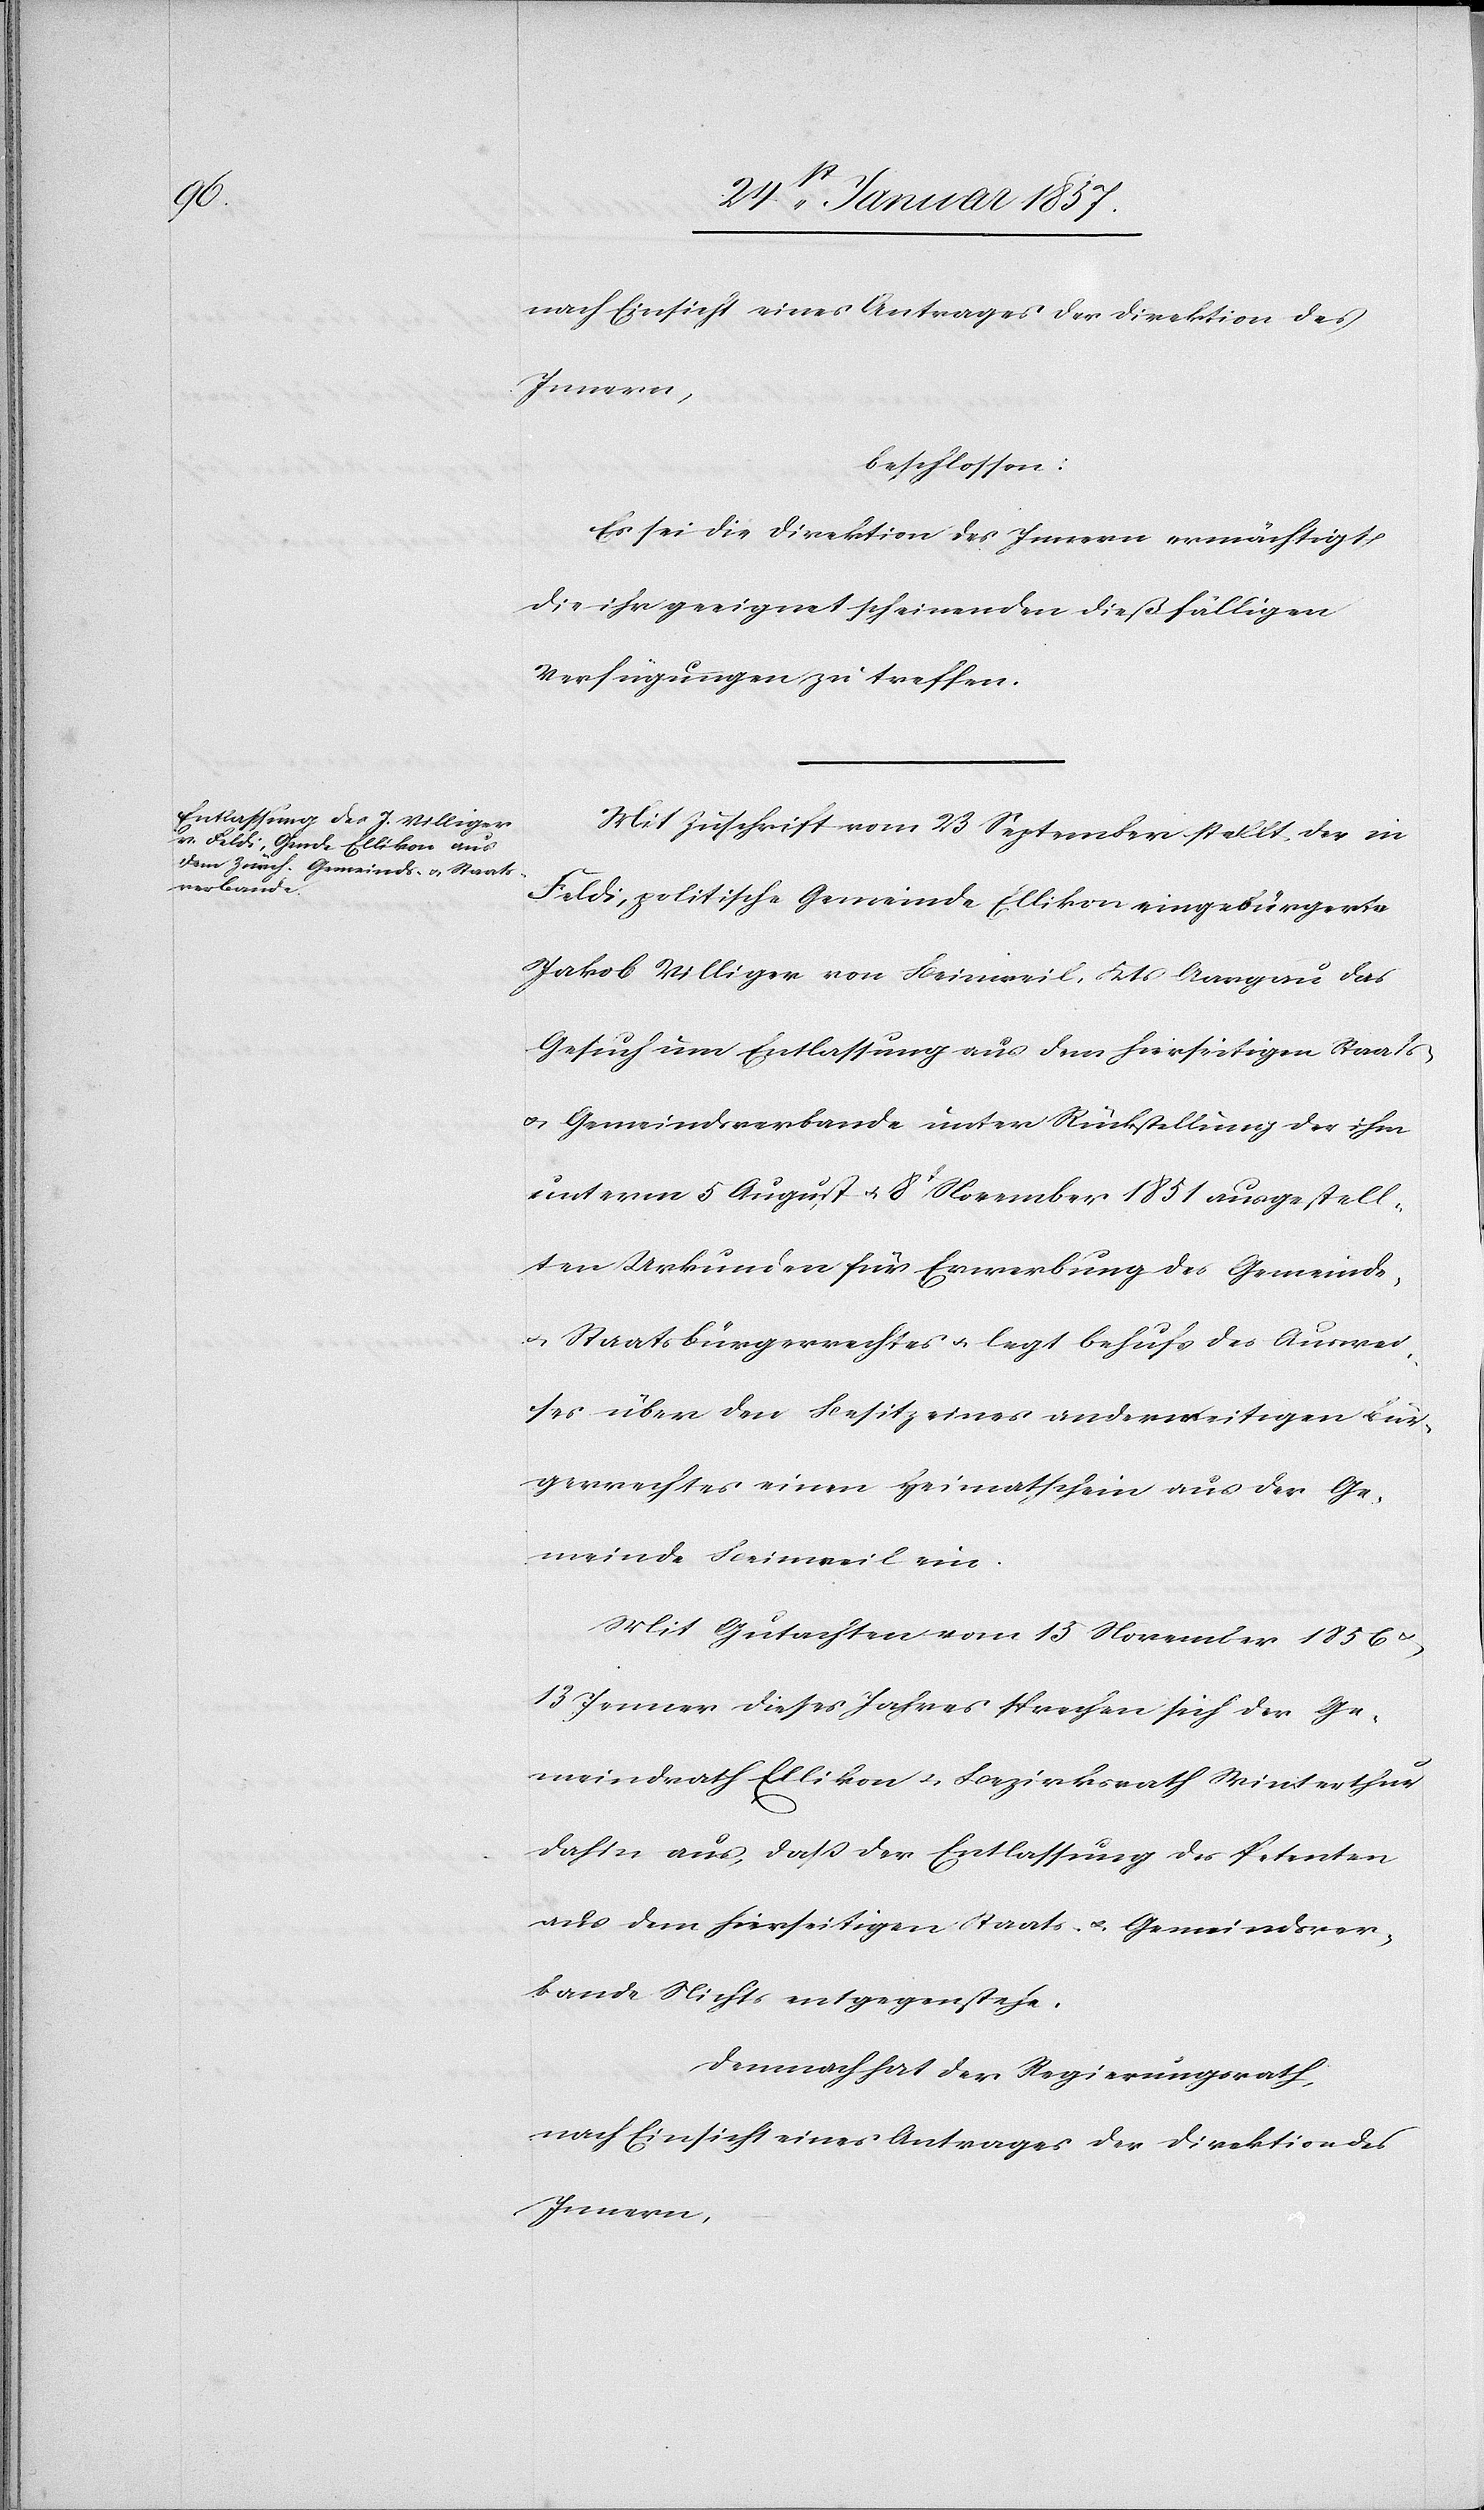
nach Einsicht eines Antrages der Direktion des
Innern,
beschlossen:
Es sei die Direktion des Innern ermächtigt,
die ihr geeignet scheinenden dießfälligen
Verfügungen zu treffen.
Mit Zuschrift vom 23 September stellt, der in
Feldi, politische Gemeinde Ellikon eingebürgerte
Jakob Villiger von Beinweil, Kts. Aargau das
Gesuch um Entlassung aus dem hierseitigen Staats-
u. Gemeindeverbande unter Rückstellung der ihm
unterm 5 August u. 8 November 1851 ausgestell¬
ten Urkunden für Erwerbung des Gemeinds-
u. Staatsbürgerrechtes u. legt behufs des Auswei¬
ses über den Besitz eines anderweitigen Bür¬
gerrechtes einen Heimatschein aus der Ge¬
meinde Beinweil ein.
Mit Gutachten vom 15 November 1856
&13 Jenner dieses Jahres sprechen sich der Ge¬
meindrath Ellikon u. Bezirksrath Winterthur
dahin aus, daß der Entlassung des Petenten
aus dem, hierseitigen Staats- u. Gemeindver¬
bande Nichts entgegenstehe.
Demnach hat der Regierungsrath,
nach Einsicht eines Antrages der Direktion des
Innern,